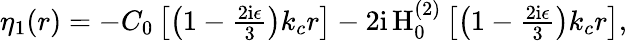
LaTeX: \begin{array}{r}{\eta_{1}(r)=-C_{0}\left[\left(1-\frac{2\mathrm{i}\epsilon}{3}\right)k_{c}r\right]-2\mathrm{i}\, \mathrm{H}_{0}^{(2)}\left[\left(1-\frac{2\mathrm{i}\epsilon}{3}\right)k_{c}r\right],}\end{array}